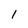
Character: 1